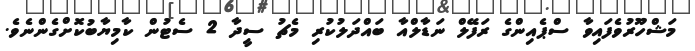
މަޝްހޫރުވެފައިވާ ސްޕެއިންގެ ރަފޭލް ނަޑާލްއާ ބައްދަލުކުރި މެޗު ސީދާ 2 ސެޓުން ކާމިޔާބުކޮށްގެންނެވެ.